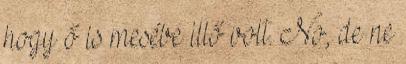
hogy ő is mesébe illő volt. No, de ne